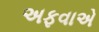
અફવાએ